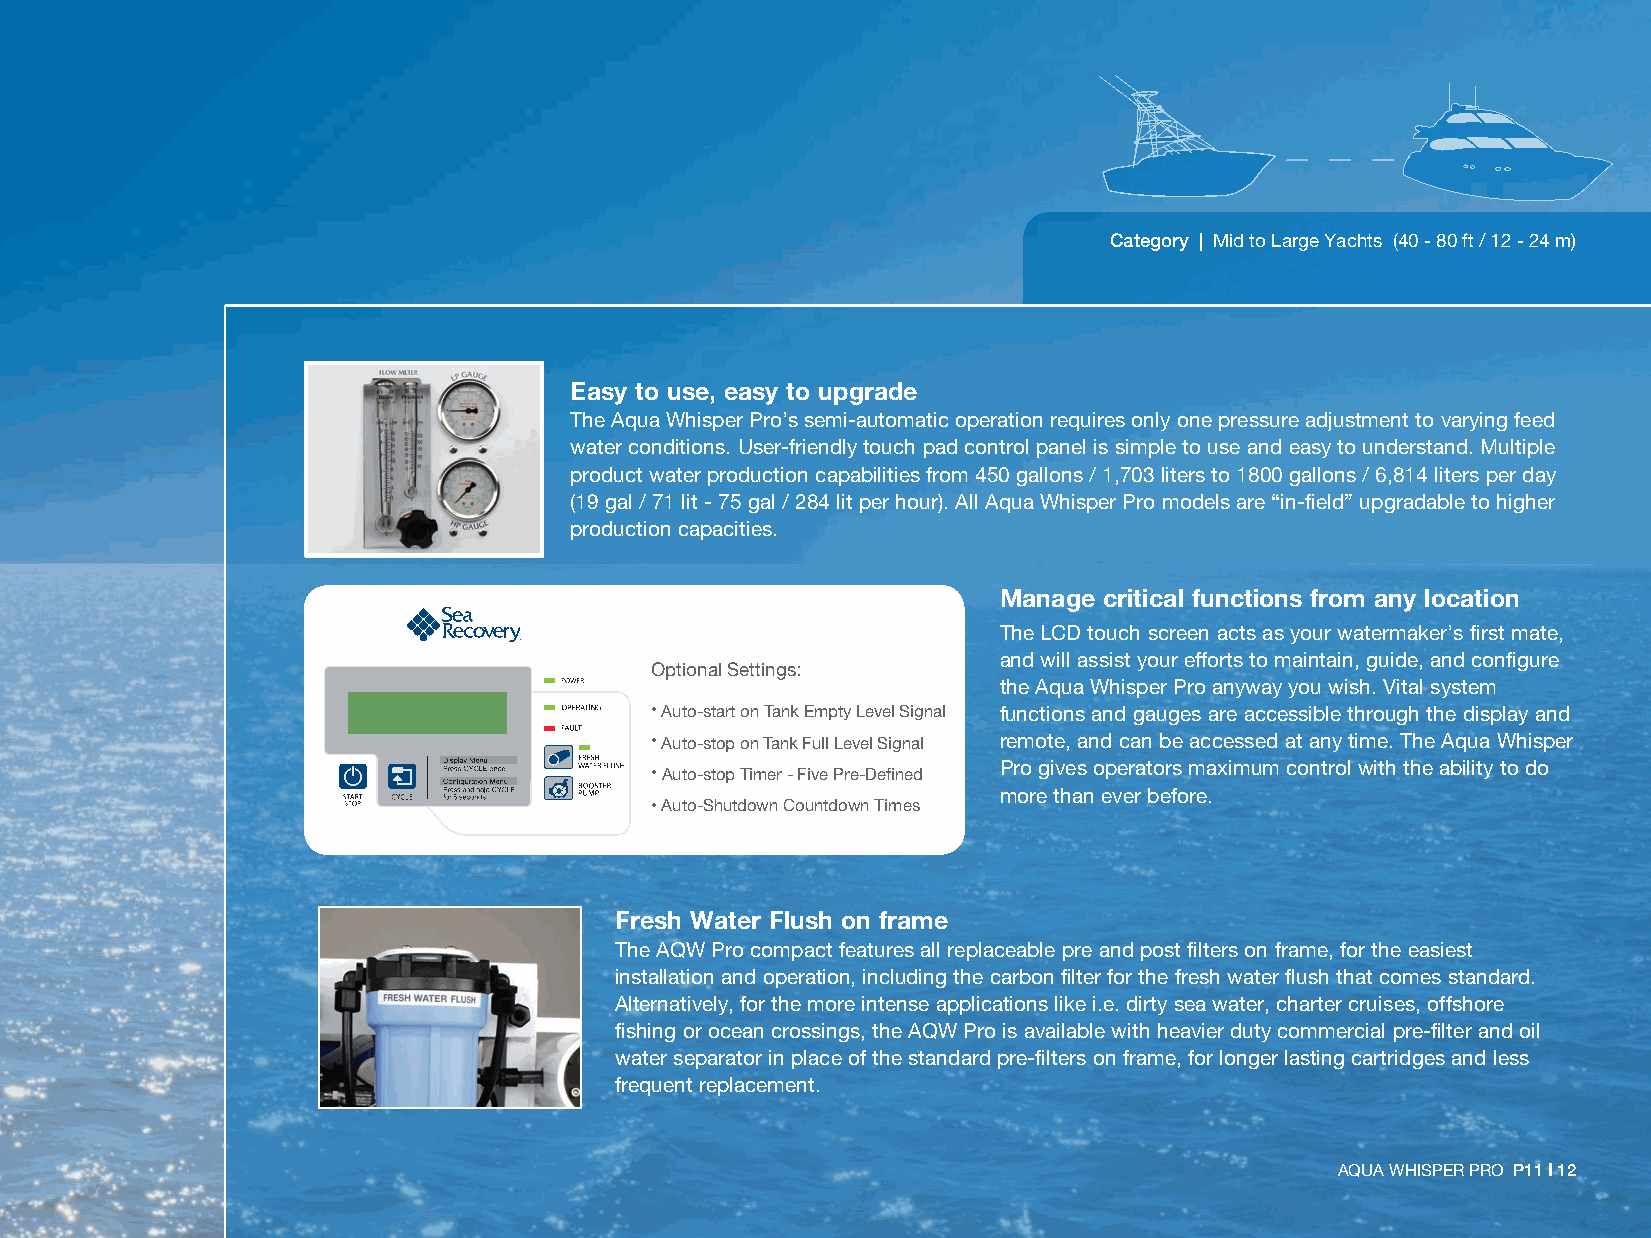
Category | Mid to Large Yachts (40 - 80 ft / 12 - 24 m)
 Easy to use, easy to upgrade
 The Aqua Whisper Pro’s semi-automatic operation requires only one pressure adjustment to varying feed
 water conditions. User-friendly touch pad control panel is simple to use and easy to understand. Multiple
 product water production capabilities from 450 gallons / 1,703 liters to 1800 gallons / 6,814 liters per day
 (19 gal / 71 lit - 75 gal / 284 lit per hour). All Aqua Whisper Pro models are “in-field” upgradable to higher
 production capacities.
 Manage critical functions from any location
 The LCD touch screen acts as your watermaker’s first mate,
 and will assist your efforts to maintain, guide, and configure
 Optional Settings:
 the Aqua Whisper Pro anyway you wish. Vital system
 • Auto-start on Tank Empty Level Signal functions and gauges are accessible through the display and
 • Auto-stop on Tank Full Level Signal remote, and can be accessed at any time. The Aqua Whisper
 Pro gives operators maximum control with the ability to do
 • Auto-stop Timer - Five Pre-Defined
 more than ever before.
 • Auto-Shutdown Countdown Times
 Fresh Water Flush on frame
 The AQW Pro compact features all replaceable pre and post filters on frame, for the easiest
 installation and operation, including the carbon filter for the fresh water flush that comes standard.
 Alternatively, for the more intense applications like i.e. dirty sea water, charter cruises, offshore
 fishing or ocean crossings, the AQW Pro is available with heavier duty commercial pre-filter and oil
 water separator in place of the standard pre-filters on frame, for longer lasting cartridges and less
 frequent replacement.
 AQUA WHISPER PRO P11 I 12